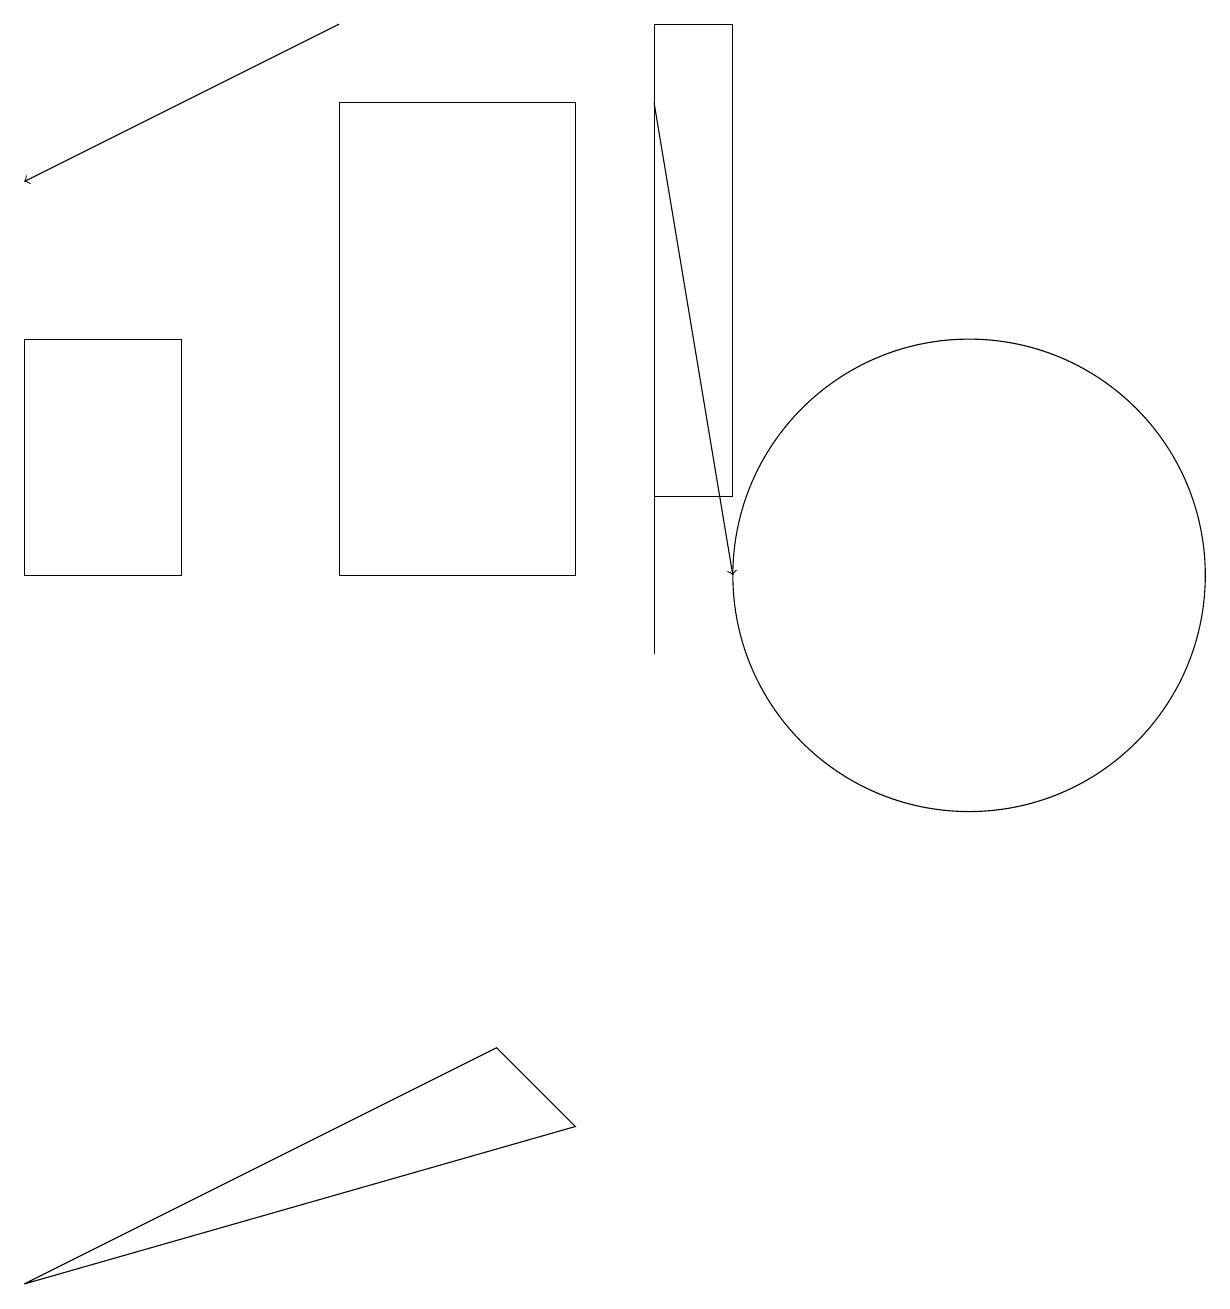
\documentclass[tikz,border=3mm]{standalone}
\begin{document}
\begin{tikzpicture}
\draw (4,17) rectangle (7,11);
\draw (6,5) -- (7,4) -- (0,2) -- cycle;
\draw (8,10) rectangle (8,18);
\draw[->] (8,17) -- (9,11);
\draw[->] (4,18) -- (0,16);
\draw (12,11) circle (3);
\draw (8,18) rectangle (9,12);
\draw (0,14) rectangle (2,11);
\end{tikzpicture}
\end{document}